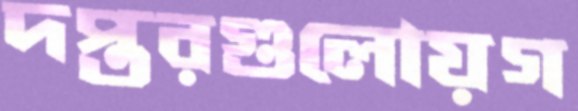
দপ্তরগুলোয়গ